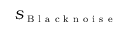
S _ { \mathrm { ~ B ~ l ~ a ~ c ~ k ~ n ~ o ~ i ~ s ~ e ~ } }